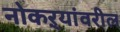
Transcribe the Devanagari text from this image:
नोकऱ्यांवरील